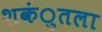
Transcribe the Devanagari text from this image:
शकंुतला